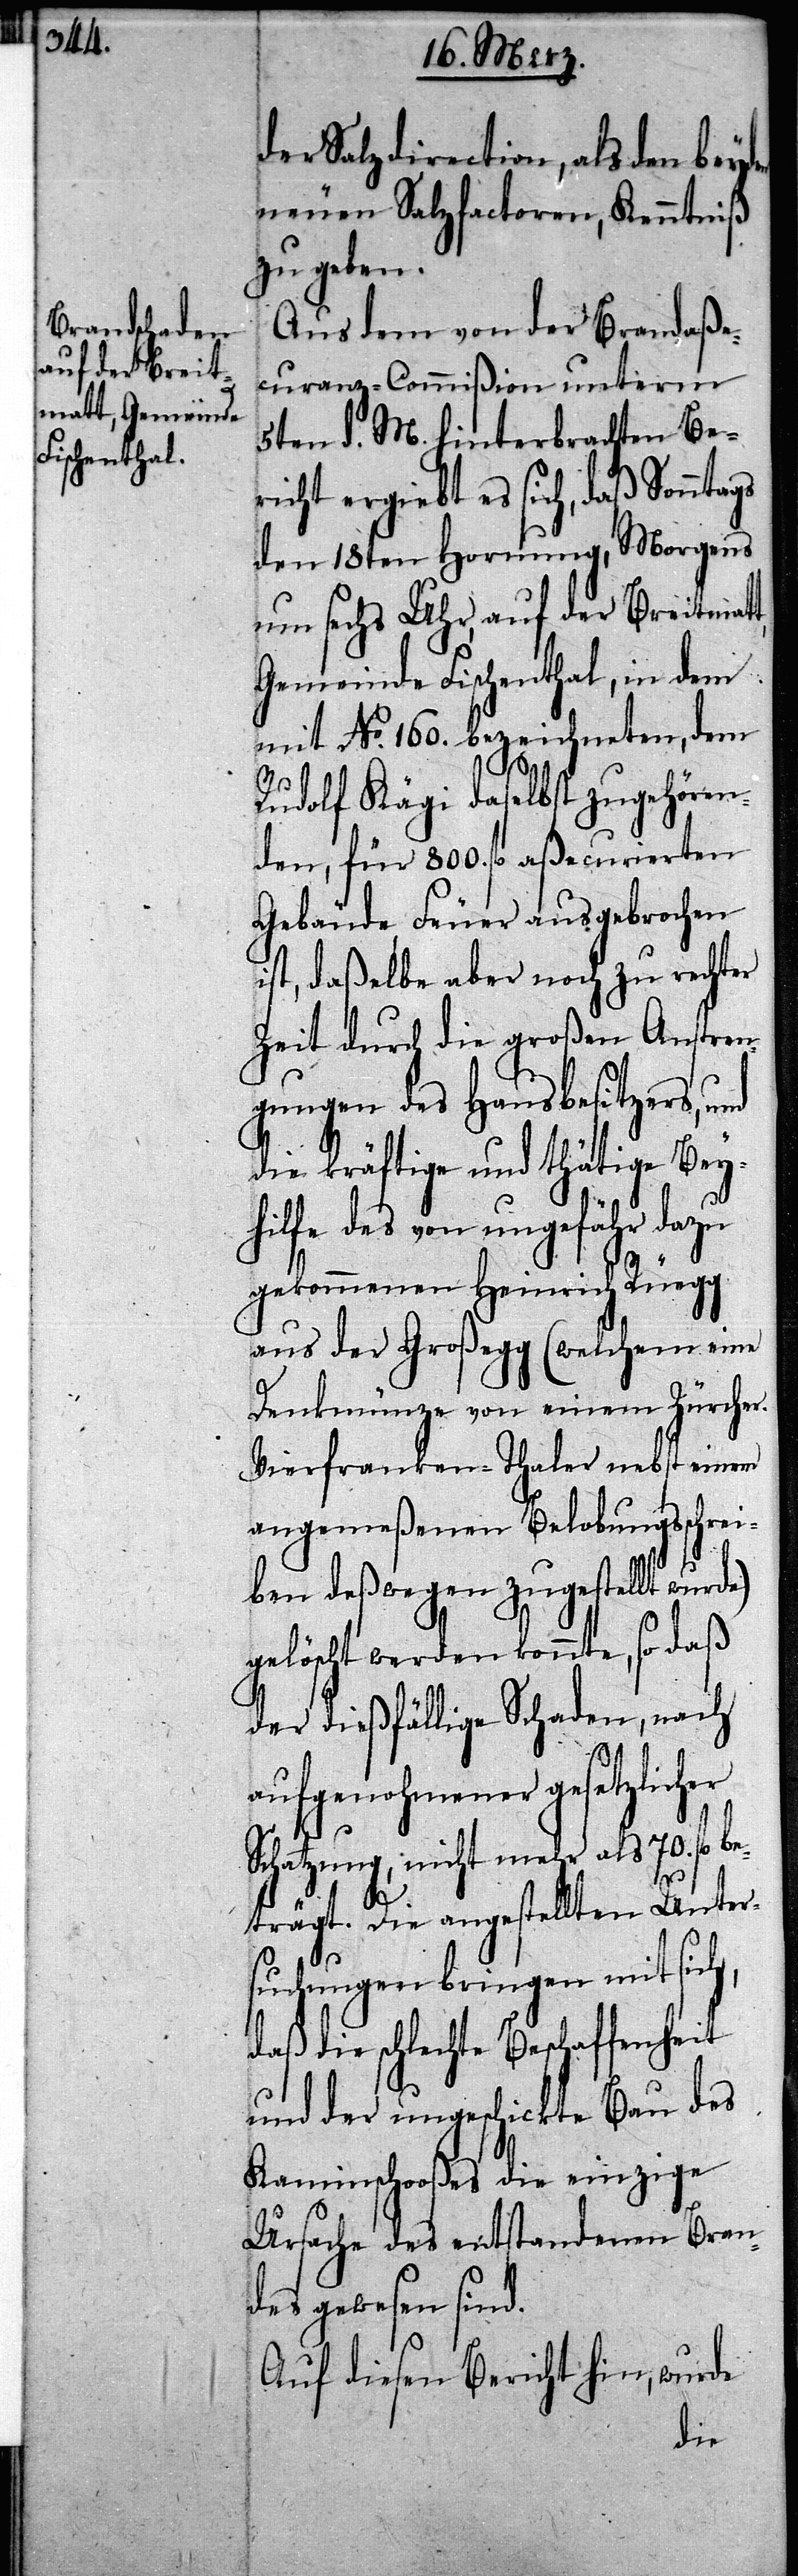
der Salzdirection, als den beyden
neuen Salzfactoren, Kenntniß
zu geben.
Aus dem von der Brandaße¬
curanz-Commißion unterm
5ten d. M. hinterbrachten Be¬
richt ergiebt es sich, daß Sonntags
den 18ten Hornung, Morgens
um sechs Uhr, auf der Breitmatt,
Gemeinde Fischenthal, in dem
mit No. 160. bezeichneten, dem
Rudolf Kägi daselbst zugehören¬
den, für 800. fl aßecurierten
Gebäude, Feuer ausgebrochen
ist, daßelbe aber noch zu rechter
Zeit durch die großen Anstren¬
gungen des Hausbesitzers,
die kräftige und thätige Bey¬
hilfe des von ungefähr dazu
gekommenen Heinrich Rüegg
aus der Großegg (welchem eine
Denkmünze von einem Zürcher
Vierfranken-Thaler nebst einem
angemeßenen Belobungsschrei¬
ben deßwegen zugestellt
gelöscht werden konnte, so daß
der dießfällige Schaden, nach
aufgenohmener gesetzlicher
Schatzung, nicht mehr als 70. fl b¬
eträgt. Die angestellten Unter¬
suchungen bringen mit sich,
daß die schlechte Beschaffenheit
und der ungeschickte Bau des
Kaminschooßes die einzige
Ursache des entstandenen Bran¬
des gewesen sind.
Auf diesen Bericht hin, wurde